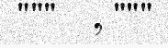
"""    , """